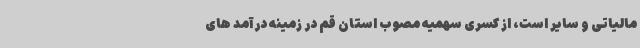
مالیاتی و سایر است، از کسری سهمیه مصوب استان قم در زمینه درآمد های